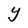
Character: Y